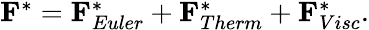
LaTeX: \begin{array}{r}{\mathbf{F}_{}^{*}=\mathbf{F}_{Euler}^{*}+\mathbf{F}_{Therm}^{*}+\mathbf{F}_{Visc}^{*}.}\end{array}